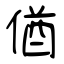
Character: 偤